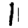
Digit: 1